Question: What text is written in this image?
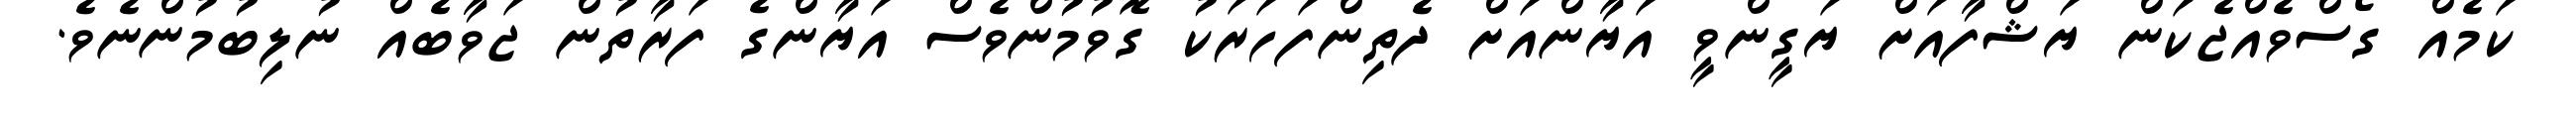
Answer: ކަމެއް ގޯސްވެއްޖެކަން ޔަޝްފާއަށް ޔަގީންވީ އަޔާންއަށް ދެތިންފަހަރަކު ގޮވުމުންވެސް އަޔާންގެ ފަރާތުން ޖަވާބެއް ނުލިބުމުންނެވެ.